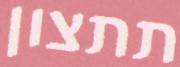
תתצון